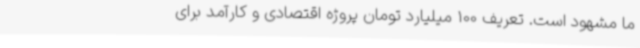
ما مشهود است. تعریف 100 میلیارد تومان پروژه اقتصادی و کارآمد برای